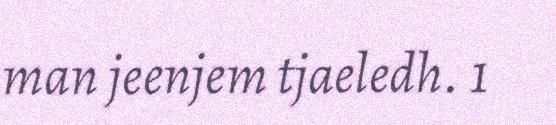
man jeenjem tjaeledh. 1